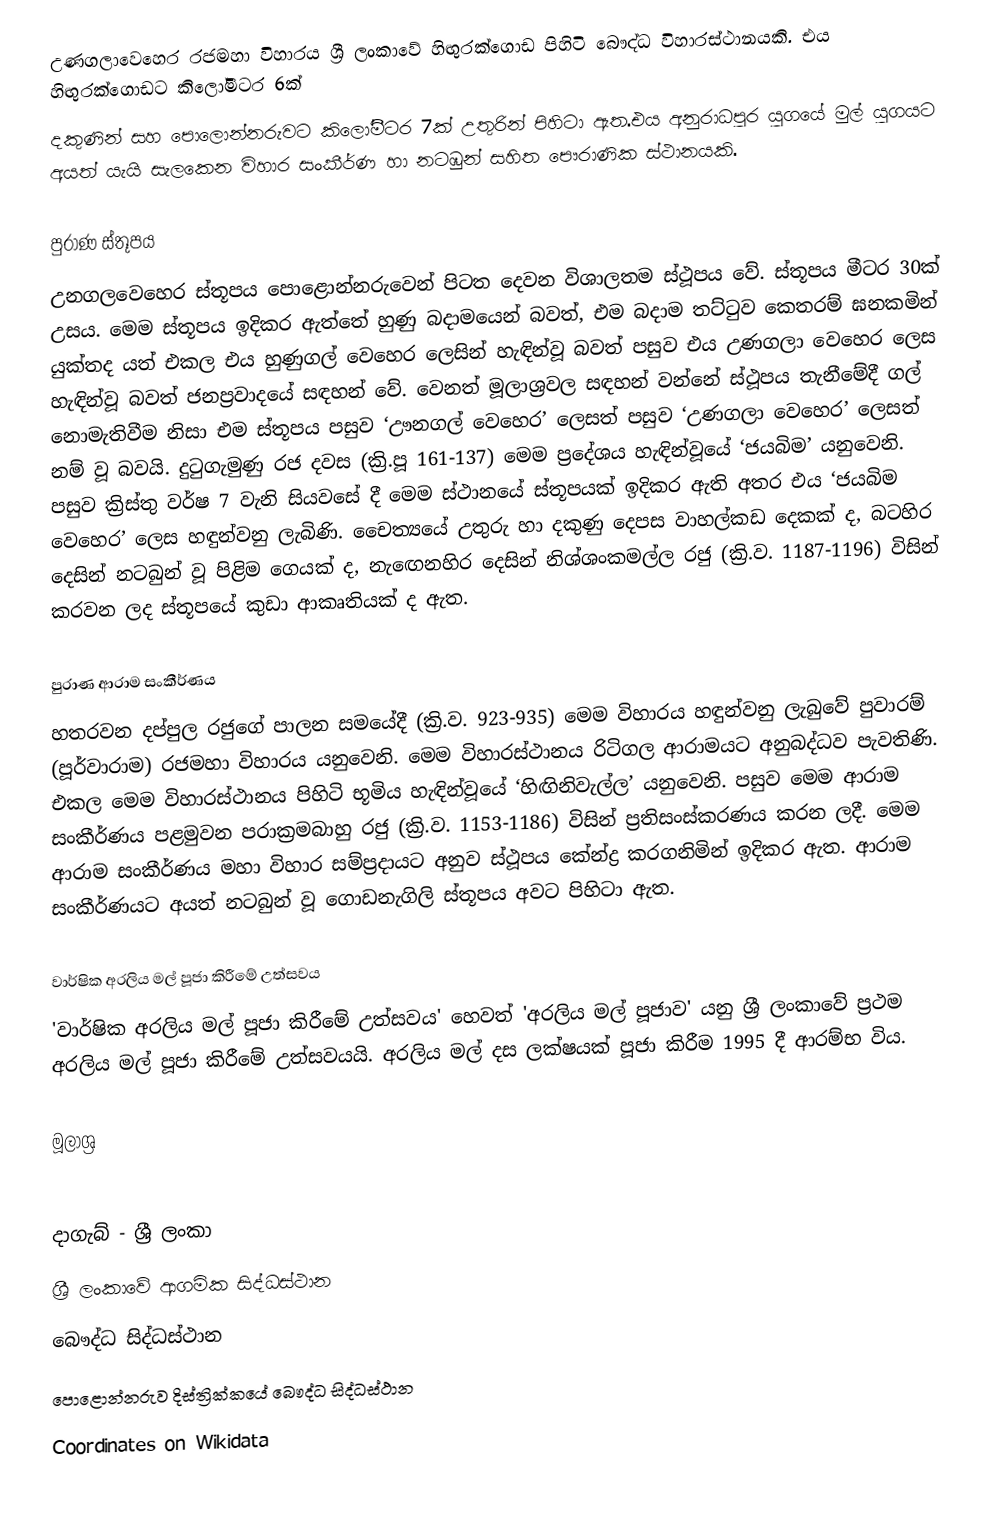
උණගලාවෙහෙර රජමහා විහාරය ශ්‍රී ලංකාවේ හිඟුරක්ගොඩ පිහිටි බෞද්ධ විහාරස්ථානයකි. එය හිඟුරක්ගොඩට කිලෝමීටර 6ක්
දකුණින් සහ පොලොන්නරුවට කිලෝමීටර 7ක් උතුරින් පිහිටා ඇත.එය අනුරාධපුර යුගයේ මුල් යුගයට අයත් යැයි සැලකෙන විහාර සංකීර්ණ හා නටඹුන් සහිත පෞරාණික ස්ථානයකි.

පුරාණ ස්තූපය
උනගලවෙහෙර ස්තූපය පොළොන්නරුවෙන් පිටත දෙවන විශාලතම ස්ථූපය වේ. ස්තූපය මීටර 30ක් උසය. මෙම ස්තූපය ඉදිකර ඇත්තේ හුණු බදාමයෙන් බවත්, එම බදාම තට්ටුව කෙතරම් ඝනකමින් යුක්තද යත් එකල එය හුණුගල් වෙහෙර ලෙසින් හැඳින්වූ බවත් පසුව එය උණගලා වෙහෙර ලෙස හැඳින්වූ බවත් ජනප්‍රවාදයේ සඳහන් වේ. වෙනත් මූලාශ්‍රවල සඳහන් වන්නේ ස්ථූපය තැනීමේදී ගල් නොමැතිවීම නිසා එම ස්තූපය පසුව ‘ඌනගල් වෙහෙර’ ලෙසත් පසුව ‘උණගලා වෙහෙර’ ලෙසත් නම් වූ බවයි. දුටුගැමුණු රජ දවස (ක්‍රි.පූ 161-137) මෙම ප්‍රදේශය හැඳින්වූයේ ‘ජයබිම’ යනුවෙනි. පසුව ක්‍රිස්තු වර්ෂ 7 වැනි සියවසේ දී මෙම ස්ථානයේ ස්තූපයක් ඉදිකර ඇති අතර එය ‘ජයබිම වෙහෙර’ ලෙස හඳුන්වනු ලැබිණි. චෛත්‍යයේ උතුරු හා දකුණු දෙපස වාහල්කඩ දෙකක් ද, බටහිර දෙසින් නටබුන් වූ පිළිම ගෙයක් ද, නැඟෙනහිර දෙසින් නිශ්ශංකමල්ල රජු (ක්‍රි.ව. 1187-1196) විසින් කරවන ලද ස්තූපයේ කුඩා ආකෘතියක් ද ඇත.

පුරාණ ආරාම සංකීර්ණය
හතරවන දප්පුල රජුගේ පාලන සමයේදී (ක්‍රි.ව. 923-935) මෙම විහාරය හඳුන්වනු ලැබුවේ පුවාරම් (පූර්වාරාම) රජමහා විහාරය යනුවෙනි. මෙම විහාරස්ථානය රිටිගල ආරාමයට අනුබද්ධව පැවතිණි. එකල මෙම විහාරස්ථානය පිහිටි භූමිය හැඳින්වූයේ ‘හිඟිනිවැල්ල’ යනුවෙනි. පසුව මෙම ආරාම සංකීර්ණය පළමුවන පරාක්‍රමබාහු රජු (ක්‍රි.ව. 1153-1186) විසින් ප්‍රතිසංස්කරණය කරන ලදී. මෙම ආරාම සංකීර්ණය මහා විහාර සම්ප්‍රදායට අනුව ස්ථූපය කේන්ද්‍ර කරගනිමින් ඉදිකර ඇත. ආරාම සංකීර්ණයට අයත් නටබුන් වූ ගොඩනැගිලි ස්තූපය අවට පිහිටා ඇත.

වාර්ෂික අරලිය මල් පූජා කිරීමේ උත්සවය
'වාර්ෂික අරලිය මල් පූජා කිරීමේ උත්සවය' හෙවත් 'අරලිය මල් පූජාව' යනු ශ්‍රී ලංකාවේ ප්‍රථම අරලිය මල් පූජා කිරීමේ උත්සවයයි. අරලිය මල් දස ලක්ෂයක් පූජා කිරීම 1995 දී ආරම්භ විය.

මූලාශ්‍ර
 

දාගැබ් - ශ්‍රී ලංකා
ශ්‍රී ලංකාවේ ආගමික සිද්ධස්ථාන
බෞද්ධ සිද්ධස්ථාන
පොළොන්නරුව දිස්ත්‍රික්කයේ බෞද්ධ සිද්ධස්ථාන‎
Coordinates on Wikidata